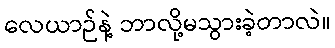
လေယာဉ်နဲ့ ဘာလို့မသွားခဲ့တာလဲ။